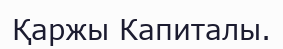
Қаржы Капиталы.